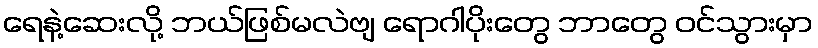
ရေနဲ့ဆေးလို့ ဘယ်ဖြစ်မလဲဗျ ရောဂါပိုးတွေ ဘာတွေ ဝင်သွားမှာ